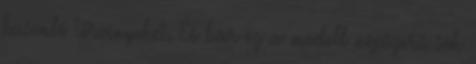
hasonló törvényeket. És bár ez a modell népszerű sok